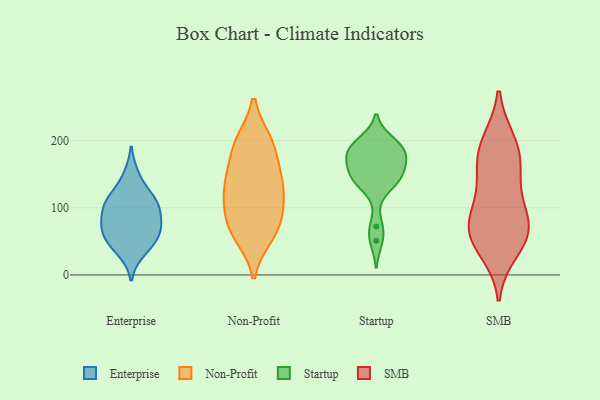
{"axis": {"x": "Tickets Resolved", "y": "Value"}, "legend": ["Enterprise", "Non-Profit", "SMB", "Startup"], "data": [{"x": "", "y": 105, "type": "Enterprise"}, {"x": "", "y": 70, "type": "Enterprise"}, {"x": "", "y": 75, "type": "Enterprise"}, {"x": "", "y": 118, "type": "Enterprise"}, {"x": "", "y": 148, "type": "Enterprise"}, {"x": "", "y": 109, "type": "Enterprise"}, {"x": "", "y": 104, "type": "Enterprise"}, {"x": "", "y": 86, "type": "Enterprise"}, {"x": "", "y": 46, "type": "Enterprise"}, {"x": "", "y": 65, "type": "Enterprise"}, {"x": "", "y": 54, "type": "Enterprise"}, {"x": "", "y": 35, "type": "Enterprise"}, {"x": "", "y": 59, "type": "Non-Profit"}, {"x": "", "y": 68, "type": "Non-Profit"}, {"x": "", "y": 130, "type": "Non-Profit"}, {"x": "", "y": 146, "type": "Non-Profit"}, {"x": "", "y": 65, "type": "Non-Profit"}, {"x": "", "y": 126, "type": "Non-Profit"}, {"x": "", "y": 97, "type": "Non-Profit"}, {"x": "", "y": 198, "type": "Non-Profit"}, {"x": "", "y": 159, "type": "Non-Profit"}, {"x": "", "y": 86, "type": "Non-Profit"}, {"x": "", "y": 193, "type": "Non-Profit"}, {"x": "", "y": 198, "type": "Non-Profit"}, {"x": "", "y": 123, "type": "Non-Profit"}, {"x": "", "y": 161, "type": "Startup"}, {"x": "", "y": 179, "type": "Startup"}, {"x": "", "y": 134, "type": "Startup"}, {"x": "", "y": 139, "type": "Startup"}, {"x": "", "y": 180, "type": "Startup"}, {"x": "", "y": 197, "type": "Startup"}, {"x": "", "y": 146, "type": "Startup"}, {"x": "", "y": 182, "type": "Startup"}, {"x": "", "y": 72, "type": "Startup"}, {"x": "", "y": 143, "type": "Startup"}, {"x": "", "y": 161, "type": "Startup"}, {"x": "", "y": 186, "type": "Startup"}, {"x": "", "y": 199, "type": "Startup"}, {"x": "", "y": 51, "type": "Startup"}, {"x": "", "y": 115, "type": "SMB"}, {"x": "", "y": 154, "type": "SMB"}, {"x": "", "y": 36, "type": "SMB"}, {"x": "", "y": 67, "type": "SMB"}, {"x": "", "y": 198, "type": "SMB"}, {"x": "", "y": 199, "type": "SMB"}, {"x": "", "y": 176, "type": "SMB"}, {"x": "", "y": 159, "type": "SMB"}, {"x": "", "y": 49, "type": "SMB"}, {"x": "", "y": 67, "type": "SMB"}, {"x": "", "y": 63, "type": "SMB"}, {"x": "", "y": 98, "type": "SMB"}, {"x": "", "y": 76, "type": "SMB"}]}